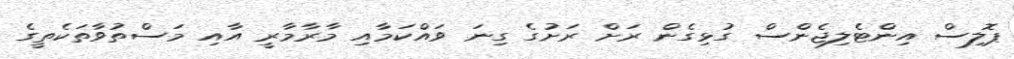
ޕޮލިސް އިންޓެލިޖެންސް ގުޅިގެން ރަށް ރަށުގެ ގިނަ ވައްކަމާއި މާރާމާރީ އާއި މަސްތުވާތަކެތީގެ